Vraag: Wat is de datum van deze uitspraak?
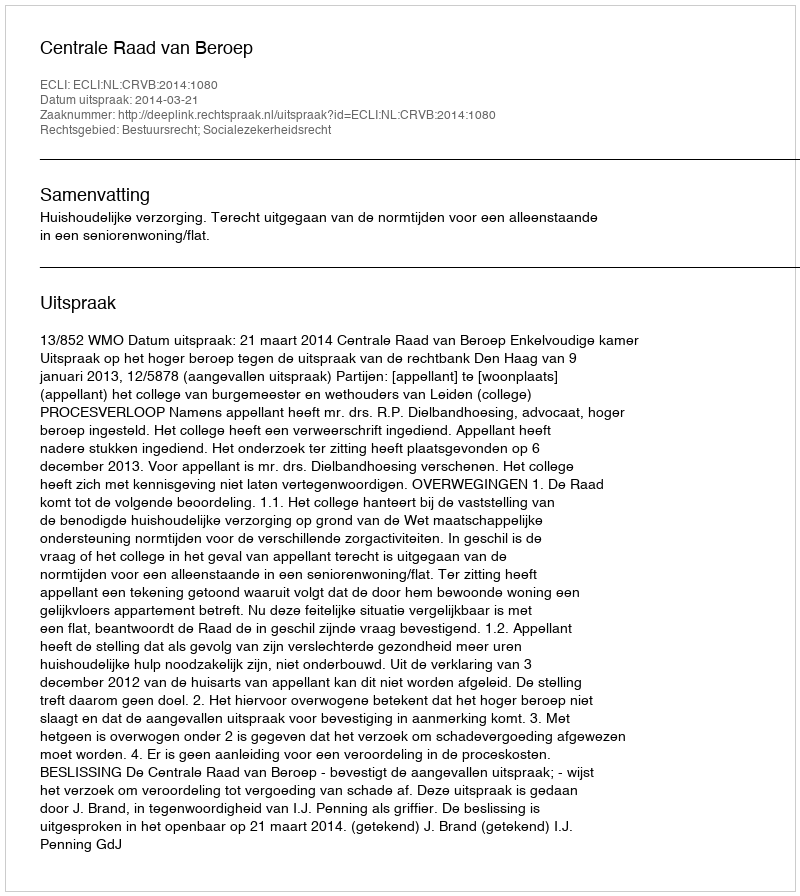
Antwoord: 2014-03-21